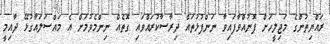
ރައްޔިތުންގެ މަޖިލީހަށް ފޮނުއްވާފައިވާ ނަންފުޅުތައް ދިރާސާކުރައްވައި ގޮތެއް ނިންމެވުމަށް އެ މައްސަލައާގުޅޭ ދާއިމީ